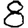
Digit: 8